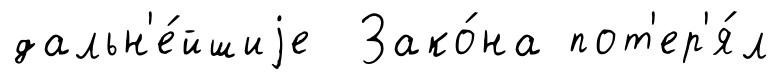
дальн'е́йшиjе Зако́на пот'ер'я́л